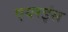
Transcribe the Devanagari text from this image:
एयरइंस